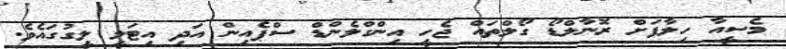
މެސީއާ ހިލާފަށް ރޮނާލްޑޯ ގޯލްތައް ޖެހީ އިންގްލެންޑް ސްޕެއިން އަދި އިޓަލީ ލީގުގައެވެ.